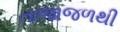
તાજાજળથી